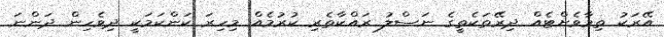
އޭރަކު ތިމާވެށްޓެއް ދިރޭތަކެތީގެ ނަސްލު ރައްކާތެރި ކުރުމެއް މިހިރަ ކަންކަމަކީ ދިވެހިން ދަންނަ